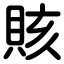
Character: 賅